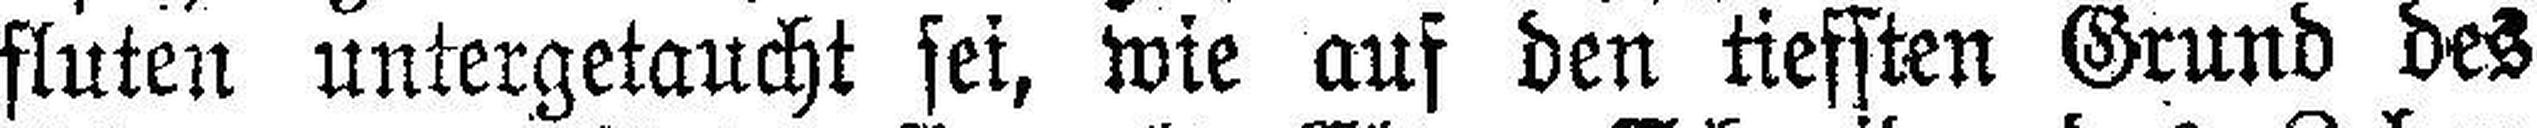
fluten untergetaucht sei, wie auf den tiefsten Grund des